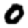
Digit: 0